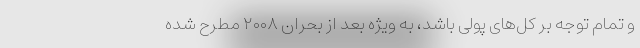
و تمام توجه بر کل‌های پولی باشد، به ویژه بعد از بحران ۲۰۰۸ مطرح شده